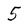
Character: 5